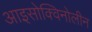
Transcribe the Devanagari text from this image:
आइसोक्विनोलीन